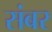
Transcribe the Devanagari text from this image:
संबर